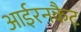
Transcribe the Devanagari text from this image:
आईरनकैट